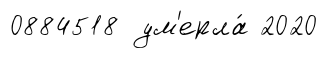
0884518 ум'ерла́ 2020